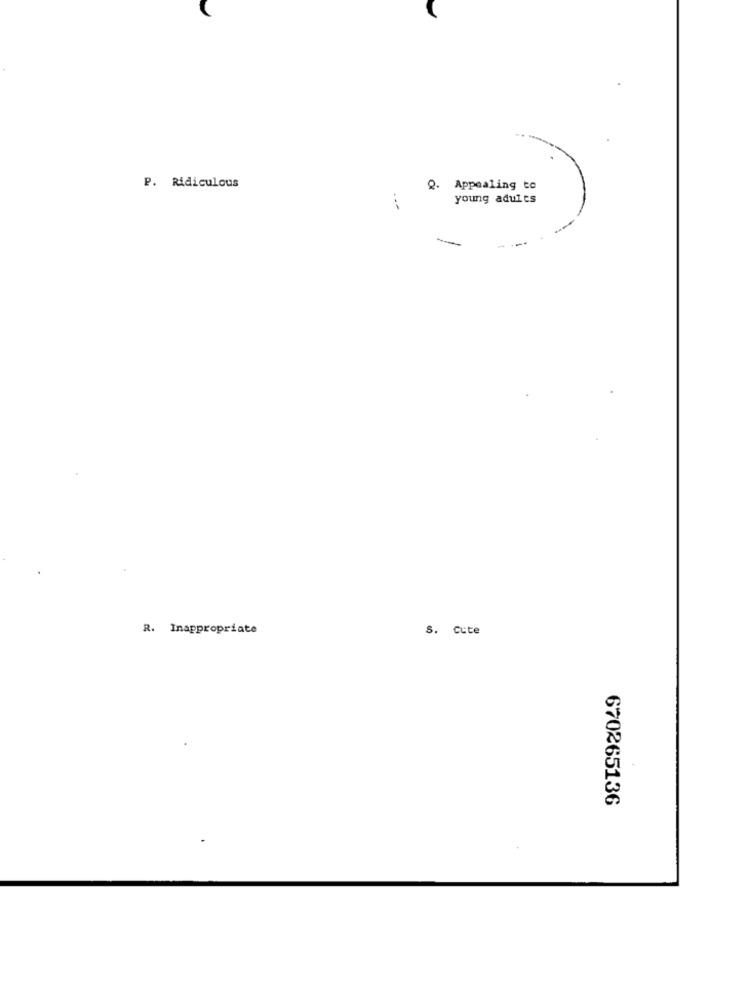
P. Ridiculous
Appealing to
young adults
R. Inappropriate
s. cute
670265136